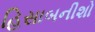
હિસાબનીશો